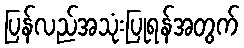
ပြန်လည်အသုံးပြုရန်အတွက်